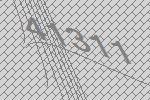
41311